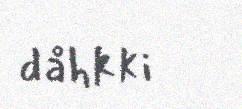
dåhkki